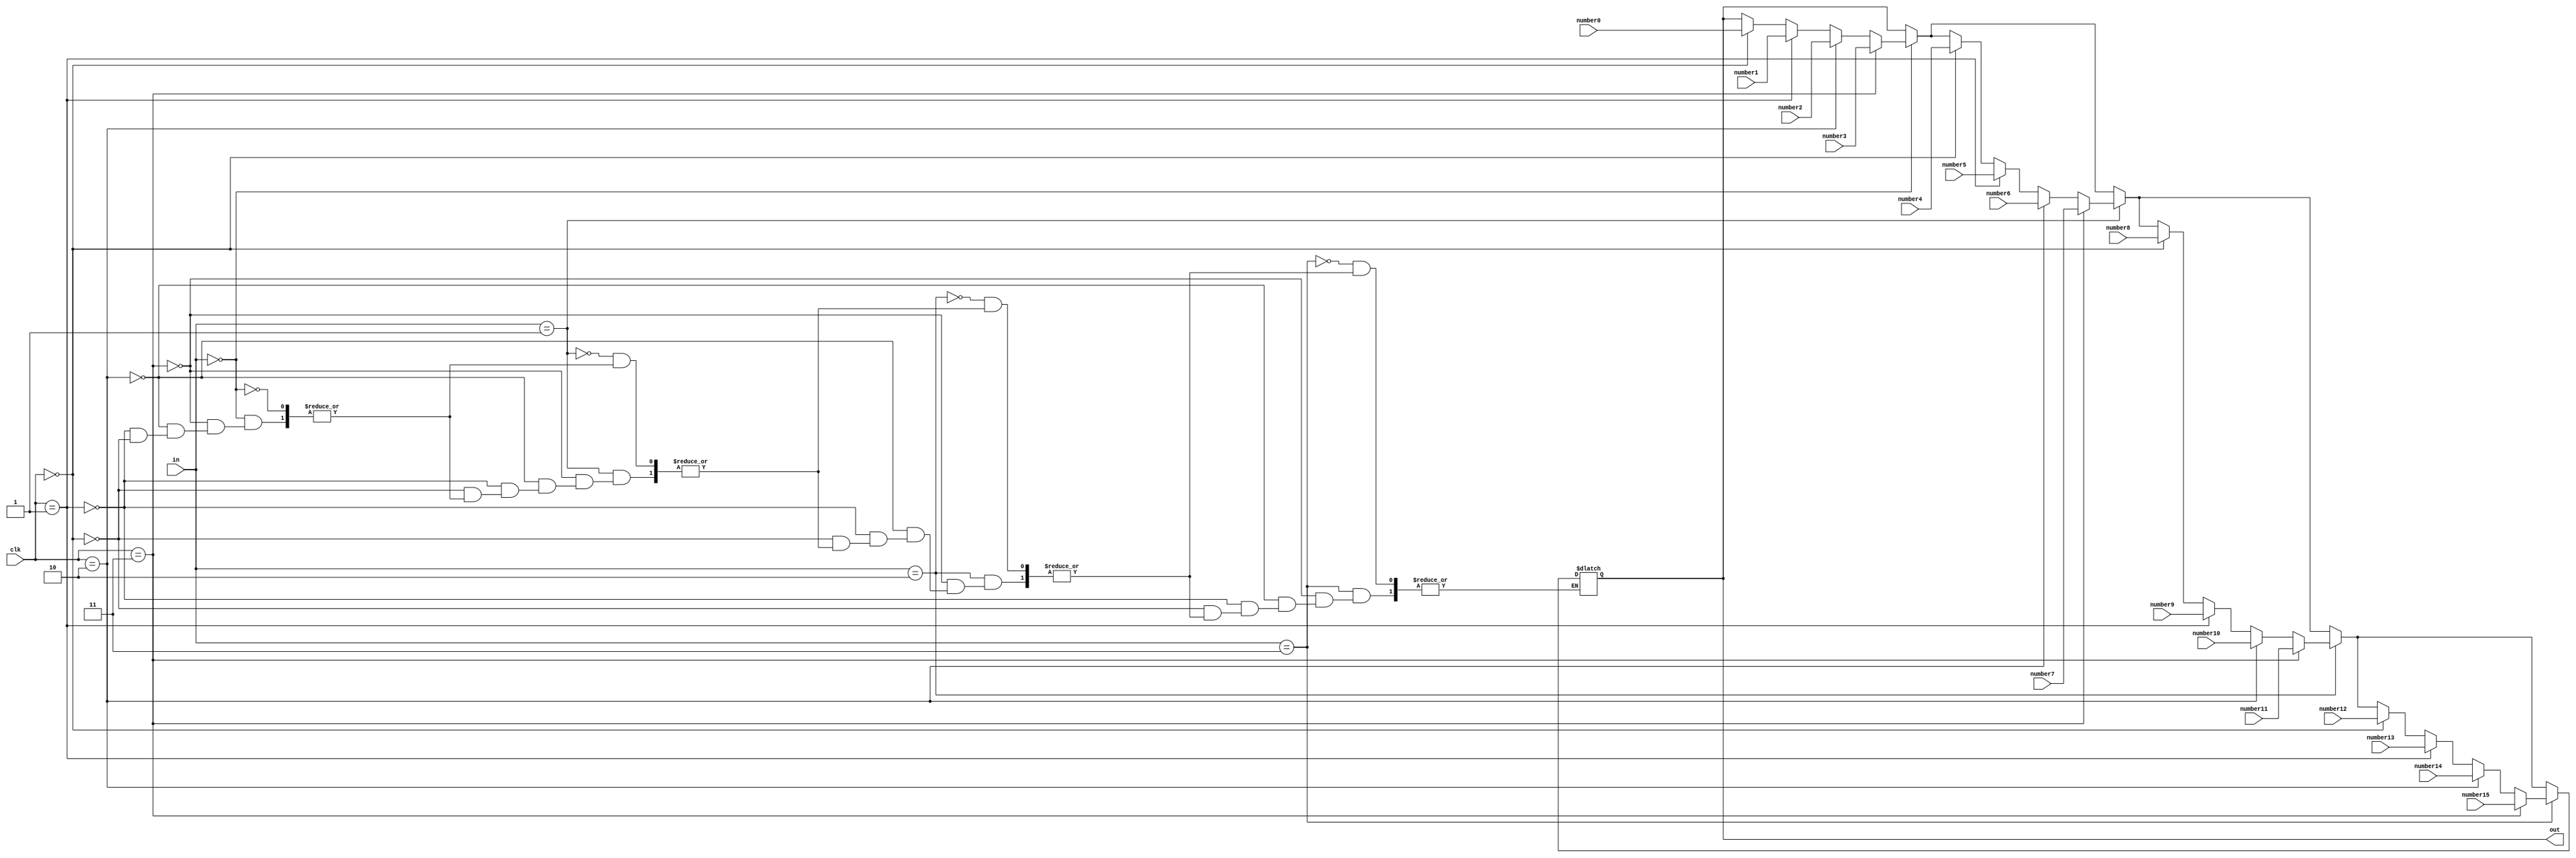
module multichoice(
clk,in,out,number0,number1,number2,number3,number4,number5,number6,number7
,number8,number9,number10,number11,number12,number13,number14,number15
    );
input [1:0]in,clk;
input [3:0]number0;
input [3:0]number1;
input [3:0]number2;
input [3:0]number3;
input [3:0]number4;
input [3:0]number5;
input [3:0]number6;
input [3:0]number7;
input [3:0]number8;
input [3:0]number9;
input [3:0]number10;
input [3:0]number11;
input [3:0]number12;
input [3:0]number13;
input [3:0]number14;
input [3:0]number15;
output [3:0]out;
reg[3:0] out;

always @(*)
begin
if(in==2'd0) begin
if(clk==2'd0) begin
out<=number0;
end

if(clk==2'd1) begin
out<=number1;
end

if(clk==2'd2) begin
out<=number2;
end

if(clk==2'd3) begin
out<=number3;
end

end

if(in==2'd1) begin
if(clk==2'd0) begin
out<=number4;
end

if(clk==2'd1) begin
out<=number5;
end

if(clk==2'd2) begin
out<=number6;
end

if(clk==2'd3) begin
out<=number7;
end

end

if(in==2'd2) begin
if(clk==2'd0) begin
out<=number8;
end

if(clk==2'd1) begin
out<=number9;
end

if(clk==2'd2) begin
out<=number10;
end

if(clk==2'd3) begin
out<=number11;
end

end

if(in==2'd3) begin
if(clk==2'd0) begin
out<=number12;
end

if(clk==2'd1) begin
out<=number13;
end

if(clk==2'd2) begin
out<=number14;
end

if(clk==2'd3) begin
out<=number15;
end

end
end
endmodule